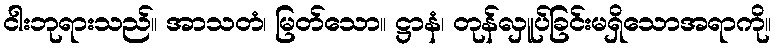
ငါးဘုရားသည်။ အာသတံ၊ မြတ်သော။ ဋ္ဌာနံ၊ တုန်လှူပ်ခြင်းမရှိသောအရာကို။